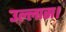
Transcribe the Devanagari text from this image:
उल्लास।